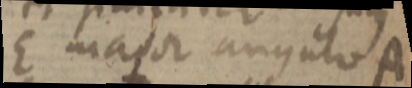
E major angulo A